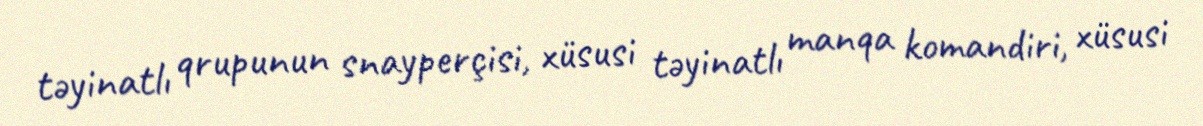
təyinatlı qrupunun snayperçisi, xüsusi təyinatlı manqa komandiri, xüsusi